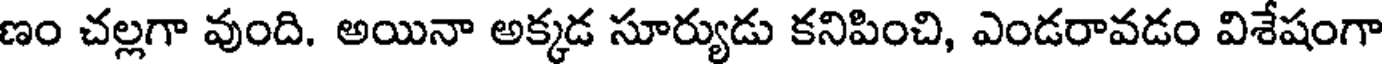
ణం చల్లగా వుంది. అయినా అక్కడ సూర్యుడు కనిపించి, ఎండరావడం విశేషంగా